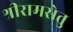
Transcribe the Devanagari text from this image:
श्रीरामसेतु